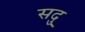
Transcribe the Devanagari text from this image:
सदु